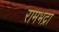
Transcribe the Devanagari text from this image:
रामभद्रा